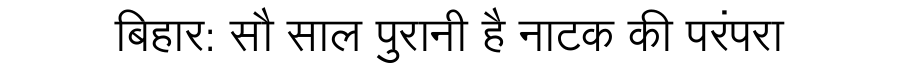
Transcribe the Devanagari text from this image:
बिहार: सौ साल पुरानी है नाटक की परंपरा